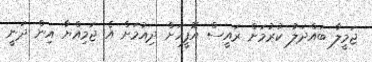
ޖަމީލާ ބައްދަލު ކުރުމަށް ރައީސް އޮފީހަށް ދިއުމަށް އެ ޖަމިއްޔާ އިން ދަނީ